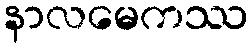
နာလမေကဿ